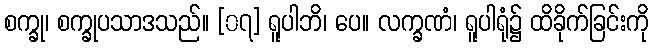
စက္ခု၊ စက္ခုပသာဒသည်။ [၀၇] ရူပါဘိ၊ ပေ။ လက္ခဏံ၊ ရူပါရုံ၌ ထိခိုက်ခြင်းကို